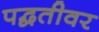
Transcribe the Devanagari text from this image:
पद्घतीवर